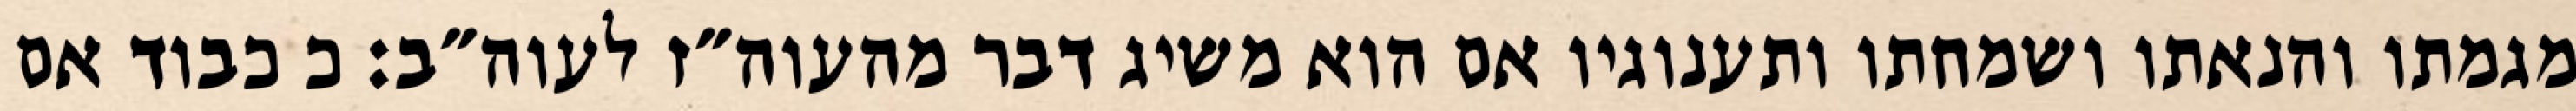
מגמתו והנאתו ושמחתו ותענוגיו אם הוא משיג דבר מהעוה״ז לעוה״ב: כ כבוד אם